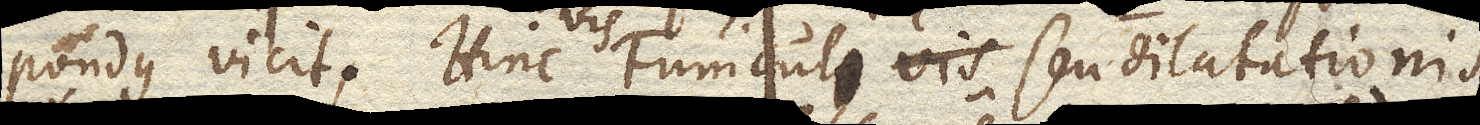
pondus vicit. Hinc vis Funiculi seu dilatationis